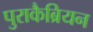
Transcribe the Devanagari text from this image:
पुराकैब्रियन